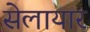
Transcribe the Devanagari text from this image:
सेलायार